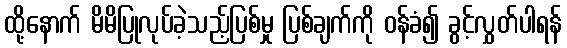
ထို့နောက် မိမိပြုလုပ်ခဲ့သည့်ပြစ်မှု ပြစ်ချက်ကို ဝန်ခံ၍ ခွင့်လွှတ်ပါရန်